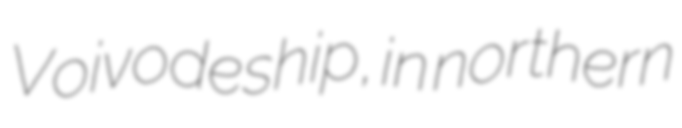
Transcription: Voivodeship, in northern